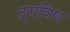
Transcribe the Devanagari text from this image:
द्राविण